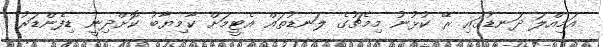
އަމިއްލަ ދަނޑުގައި ރޭ ކުޅުނު މިމެޗުގެ ލަނޑުތައް އެޓީމަށް ކާމިޔާބު ކޮށްދިނީ ޑިފެންޑަރު